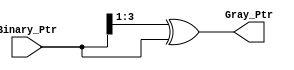
module Bin2Gray # (
    parameter WIDTH = 4 
) (
    input  wire [WIDTH-1:0] Binary_Ptr ,
    output reg  [WIDTH-1:0] Gray_Ptr
);

reg [WIDTH-1:0]  Shift_Binary_Ptr ;

always @ (*)
    begin
        Shift_Binary_Ptr = Binary_Ptr >> 1;
        Gray_Ptr = Shift_Binary_Ptr ^ Binary_Ptr;
    end

endmodule